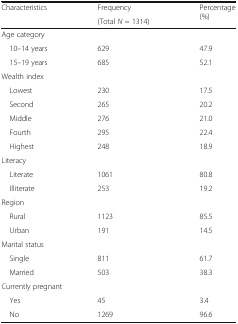
<table><thead><tr><td rowspan="2"><b>Characteristics</b></td><td><b>Frequency</b></td><td rowspan="2"><b>Percentage (%)</b></td></tr><tr><td><b>(Total <i>N</i> = 1314)</b></td></tr></thead><tbody><tr><td colspan="3">Age category</td></tr><tr><td> 10–14 years</td><td>629</td><td>47.9</td></tr><tr><td> 15–19 years</td><td>685</td><td>52.1</td></tr><tr><td colspan="3">Wealth index</td></tr><tr><td> Lowest</td><td>230</td><td>17.5</td></tr><tr><td> Second</td><td>265</td><td>20.2</td></tr><tr><td> Middle</td><td>276</td><td>21.0</td></tr><tr><td> Fourth</td><td>295</td><td>22.4</td></tr><tr><td> Highest</td><td>248</td><td>18.9</td></tr><tr><td colspan="3">Literacy</td></tr><tr><td> Literate</td><td>1061</td><td>80.8</td></tr><tr><td> Illiterate</td><td>253</td><td>19.2</td></tr><tr><td colspan="3">Region</td></tr><tr><td> Rural</td><td>1123</td><td>85.5</td></tr><tr><td> Urban</td><td>191</td><td>14.5</td></tr><tr><td colspan="3">Marital status</td></tr><tr><td> Single</td><td>811</td><td>61.7</td></tr><tr><td> Married</td><td>503</td><td>38.3</td></tr><tr><td colspan="3">Currently pregnant</td></tr><tr><td> Yes</td><td>45</td><td>3.4</td></tr><tr><td> No</td><td>1269</td><td>96.6</td></tr></tbody></table>